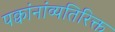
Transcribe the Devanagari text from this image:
पक्वांनांव्यतिरिक्त